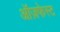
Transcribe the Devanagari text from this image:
ऑज़फेस्ट